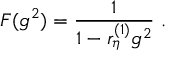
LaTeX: F ( g ^ { 2 } ) = \frac 1 { 1 - r _ { \eta } ^ { ( 1 ) } g ^ { 2 } } \ .